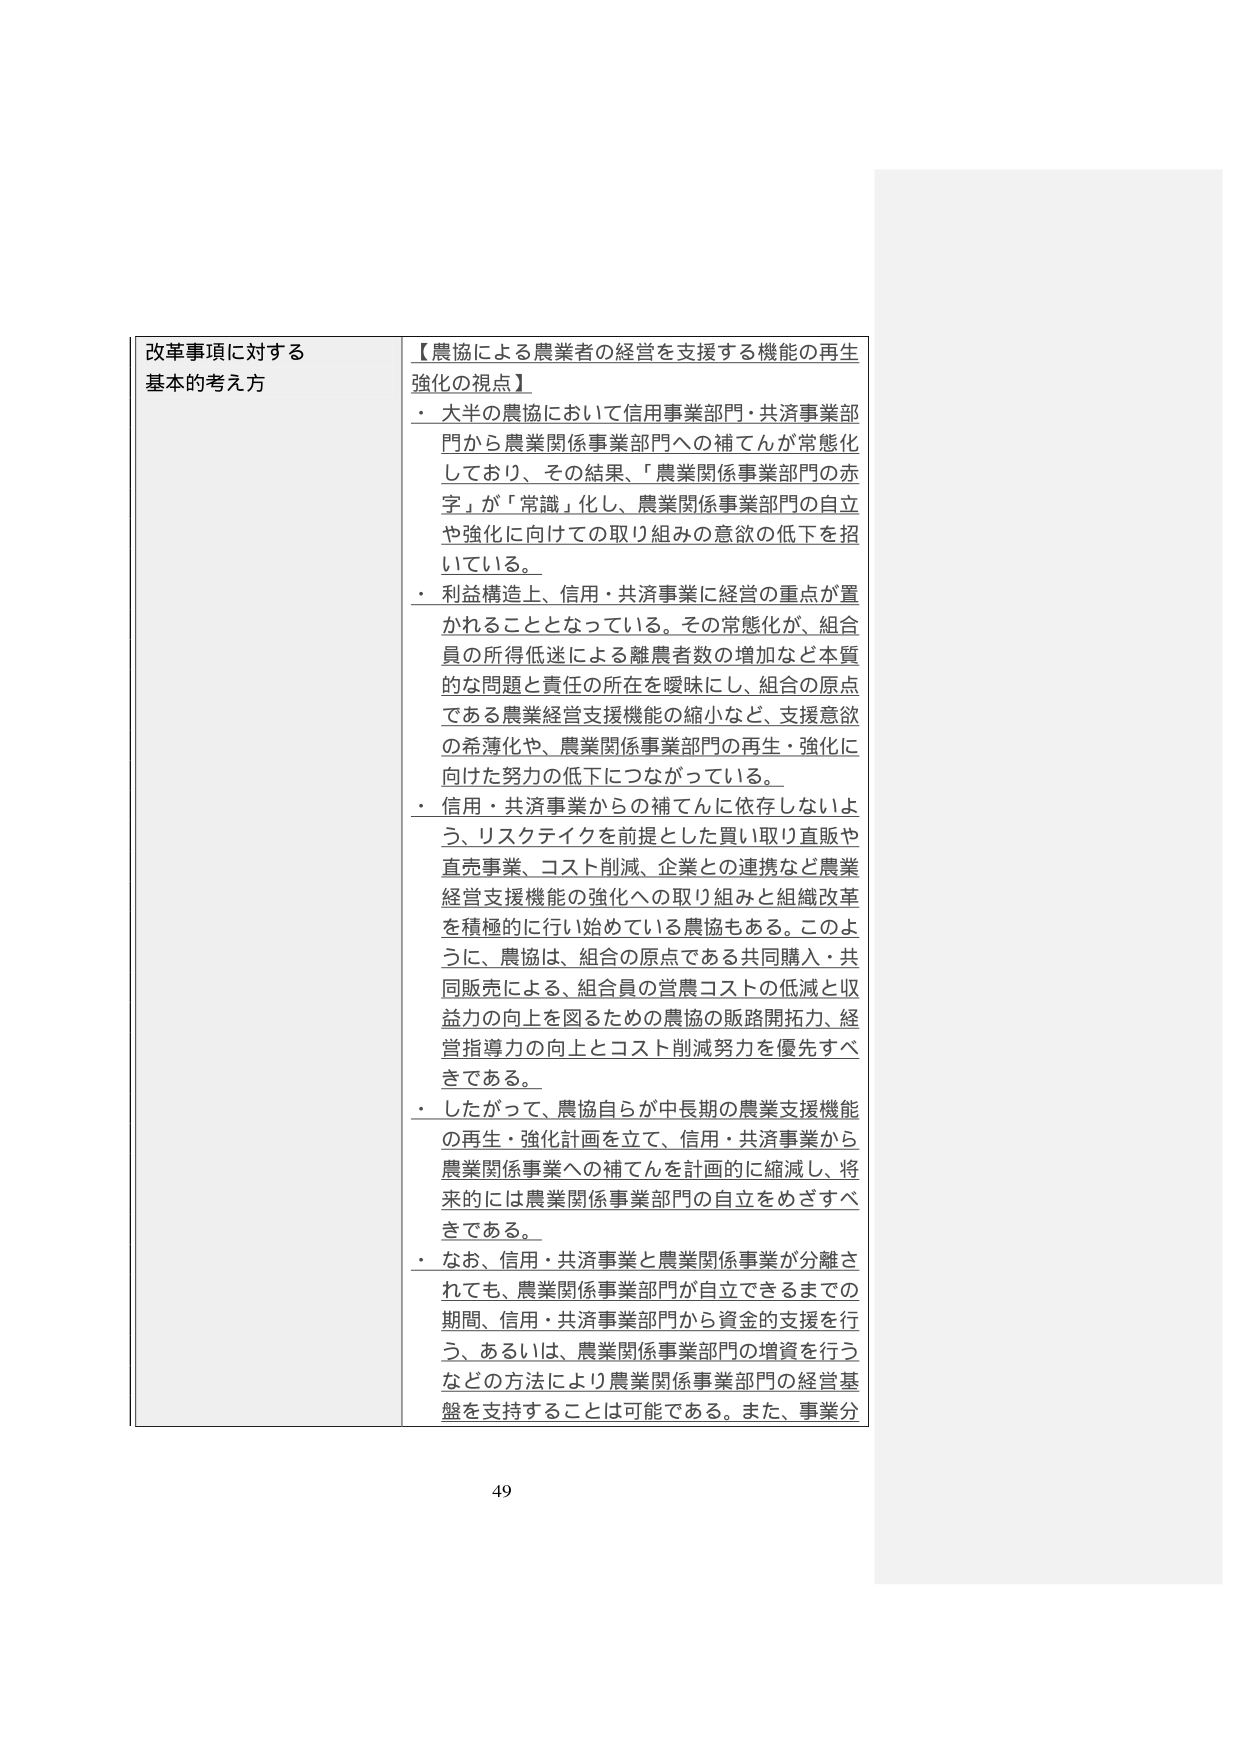
改革事項に対する
基本的考え方

【農協による農業者の経営を支援する機能の再生強化の視点】
・ 大半の農協において信用事業部門・共済事業部門から農業関係事業部門への補てんが常態化しており、その結果、「農業関係事業部門の赤字」が「常識」化し、農業関係事業部門の自立や強化に向けての取り組みの意欲の低下を招いている。
・ 利益構造上、信用・共済事業に経営の重点が置かれることとなっている。その常態化が、組合員の所得低迷による離農者数の増加など本質的な問題と責任の所在を曖昧にし、組合の原点である農業経営支援機能の縮小など、支援意欲の希薄化や、農業関係事業部門の再生・強化に向けた努力の低下につながっている。
・ 信用・共済事業からの補てんに依存しないよう、リスクテイクを前提とした買い取り直販や直売事業、コスト削減、企業との連携など農業経営支援機能の強化への取り組みと組織改革を積極的に行い始めている農協もある。このように、農協は、組合の原点である共同購入・共同販売による、組合員の営農コストの低減と収益力の向上を図るための農協の販路開拓力、経営指導力の向上とコスト削減努力を優先すべきである。
・ したがって、農協自らが中長期の農業支援機能の再生・強化計画を立て、信用・共済事業から農業関係事業への補てんを計画的に縮減し、将来的には農業関係事業部門の自立をめざすべきである。
・ なお、信用・共済事業と農業関係事業が分離されても、農業関係事業部門が自立できるまでの期間、信用・共済事業部門から資金の支援を行う、あるいは、農業関係事業部門の増資を行うなどの方法により農業関係事業部門の経営基盤を支持することは可能である。また、事業分

49